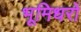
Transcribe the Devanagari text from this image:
भूमिधरों